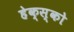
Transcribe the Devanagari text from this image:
हेक्स्को